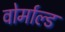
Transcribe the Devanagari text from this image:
वोर्माल्ड